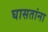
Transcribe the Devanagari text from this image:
घासतांना